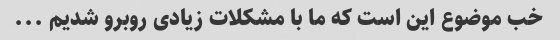
خب موضوع این است که ما با مشکلات زیادی روبرو شدیم ...